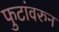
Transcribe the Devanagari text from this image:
फुटांवरुन